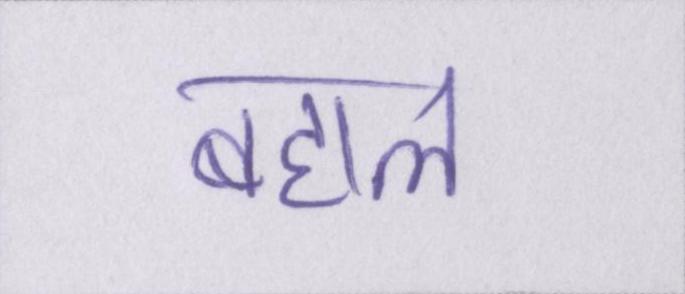
बहाल